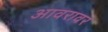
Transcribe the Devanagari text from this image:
आवरावर